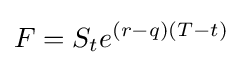
F=S_{t}e^{(r-q)(T-t)}